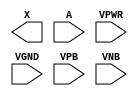
module sky130_fd_sc_hd__buf (
    X   ,
    A   ,
    VPWR,
    VGND,
    VPB ,
    VNB
);

    output X   ;
    input  A   ;
    input  VPWR;
    input  VGND;
    input  VPB ;
    input  VNB ;
endmodule